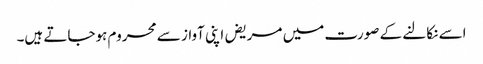
اسے نکالنے کے صورت میں مریض اپنی آواز سے محروم ہوجاتے ہیں۔